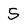
Character: 5